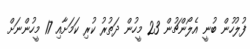
ފުލުހުން ބުނީ އެލޯންޗުން 23 މީހުން ދަތުރު ކުރި ކަމަށާއި 17 މީހުންނަށް